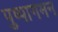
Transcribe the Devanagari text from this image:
पुष्पागमन